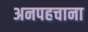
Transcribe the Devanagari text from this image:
अनपहचाना